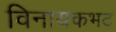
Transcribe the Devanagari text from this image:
विनायकभट